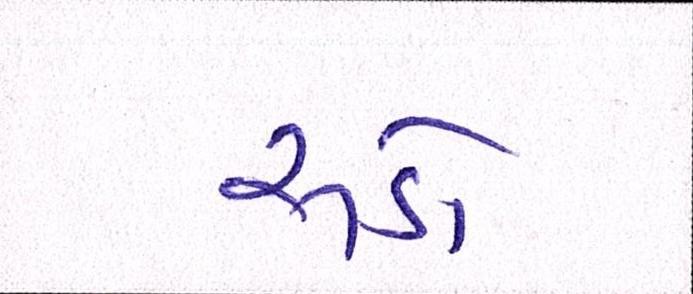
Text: રૂડો